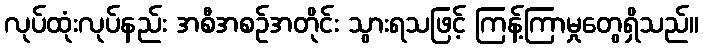
လုပ်ထုံးလုပ်နည်း အစီအစဉ်အတိုင်း သွားရသဖြင့် ကြန့်ကြာမှုတွေရှိသည်။